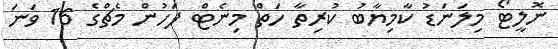
ނޮލީޓޯ މިލަނަޑު ކާމިޔާބު ކުރިތާ ހަތް މިނެޓް ފަހުން މެޗްގެ 16 ވަނަ